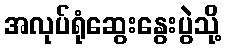
အလုပ်ရုံဆွေးနွေးပွဲသို့